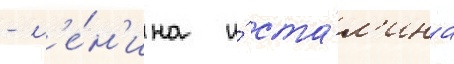
- л'е́н'ина и́ ста́л'ина